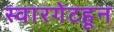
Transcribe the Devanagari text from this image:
स्वारगेटहून